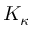
K _ { \kappa }